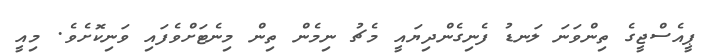
ޕީއެސްޖީގެ ތިންވަނަ ލަނޑު ފެނިގެންދިޔައީ މެޗު ނިމެން ތިން މިނެޓަށްވެފައި ވަނިކޮށެވެ. މިއީ